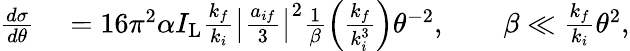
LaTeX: \begin{array}{rl}{\frac{d\sigma}{d\theta}}&{{}=16\pi^{2}\alpha I_{\mathrm{L}}\frac{k_{f}}{k_{i}}\left\vert\frac{a_{if}}{3}\right\vert^{2}\frac{1}{\beta}\left(\frac{k_{f}}{k_{i}^{3}}\right)\theta^{-2},\qquad\beta\ll\frac{k_{f}}{k_{i}}\theta^{2},}\end{array}